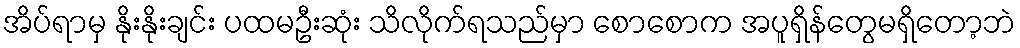
အိပ်ရာမှ နိုးနိုးချင်း ပထမဦးဆုံး သိလိုက်ရသည်မှာ စောစောက အပူရှိန်တွေမရှိတော့ဘဲ